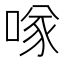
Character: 𠸌